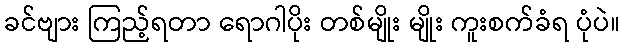
ခင်ဗျား ကြည့်ရတာ ရောဂါပိုး တစ်မျိုး မျိုး ကူးစက်ခံရ ပုံပဲ။